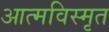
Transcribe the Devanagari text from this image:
आत्‍मविस्‍मृत